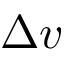
\Delta v